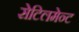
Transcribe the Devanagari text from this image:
सेटिलमेन्ट